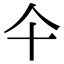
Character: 仐